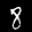
Label: 8